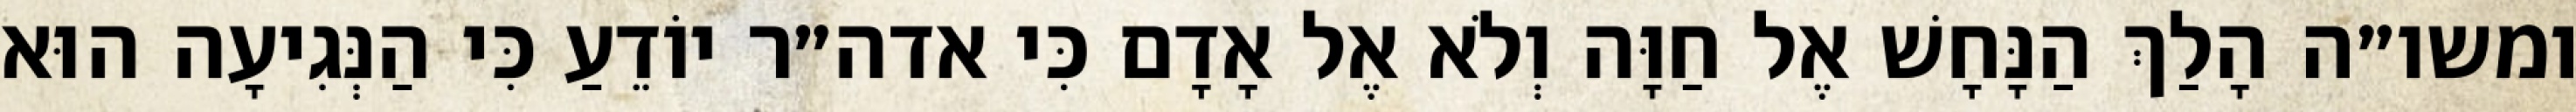
ומשו״ה הָלַךְ הַנָּחָשׁ אֶל חַוָּה וְלֹא אֶל אָדָם כִּי אדה״ר יוֹדֵעַ כִּי הַנְּגִיעָה הוּא